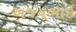
અજયભાઇ